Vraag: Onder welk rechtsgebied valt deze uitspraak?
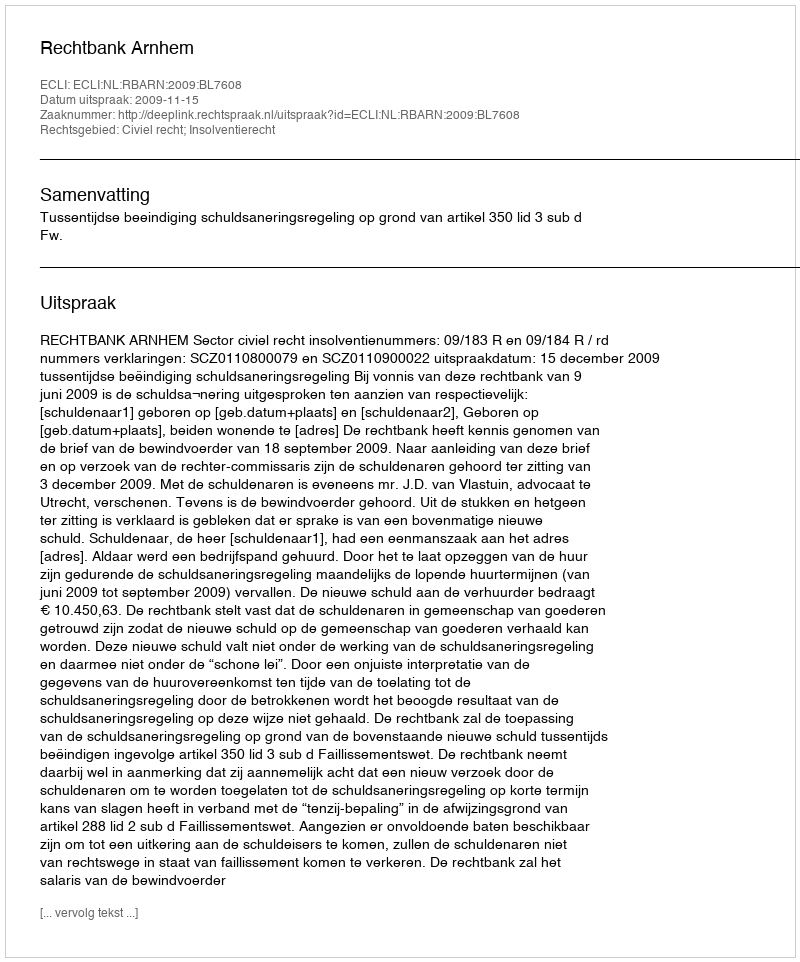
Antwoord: Civiel recht; Insolventierecht